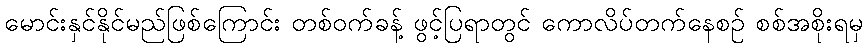
မောင်းနှင်နိုင်မည်ဖြစ်ကြောင်း တစ်ဝက်ခန့် ဖွင့်ပြရာတွင် ကောလိပ်တက်နေစဉ် စစ်အစိုးရမှ